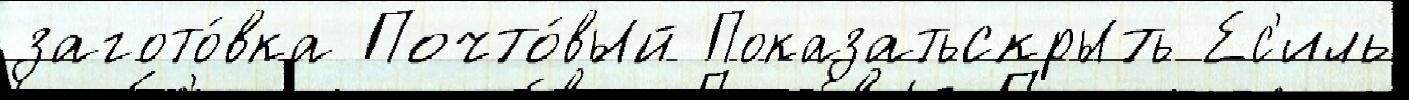
загото́вка Почто́вый Показатьскрыть Ес'иль